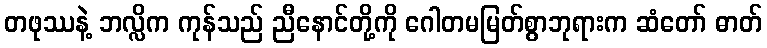
တဖုဿနဲ့ ဘလ္လိက ကုန်သည် ညီနောင်တို့ကို ဂေါတမမြတ်စွာဘုရားက ဆံတော် ဓာတ်